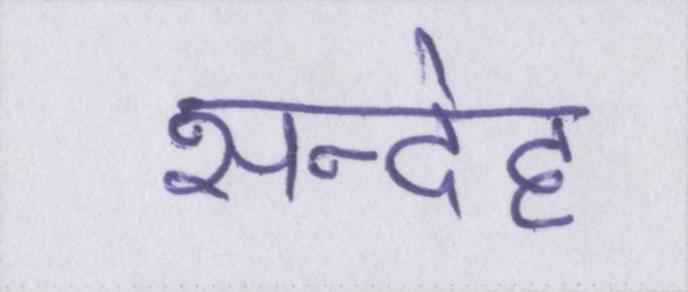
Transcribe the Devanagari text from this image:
सन्देह